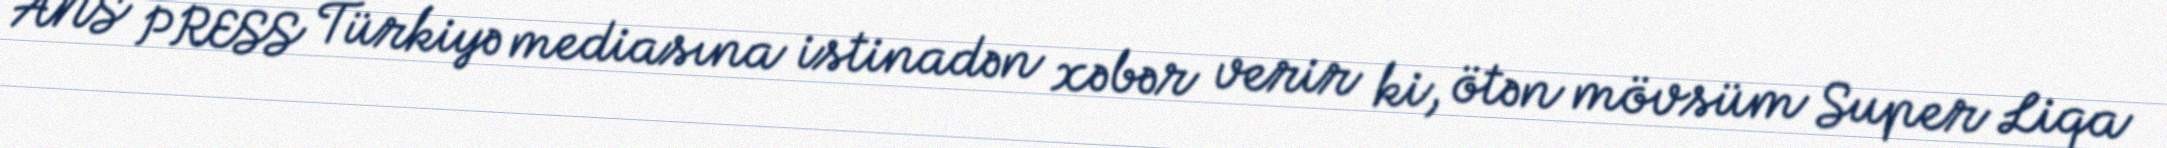
ANS PRESS Türkiyə mediasına istinadən xəbər verir ki, ötən mövsüm Super Liqa